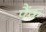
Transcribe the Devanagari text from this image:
पैंक